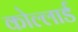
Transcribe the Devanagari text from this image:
कोल्लार्ड